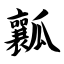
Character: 瓤